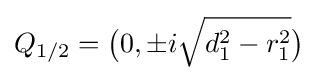
Q_{1/2}={\big (}0,\pm i{\sqrt {d_{1}^{2}-r_{1}^{2}}}{\big )}